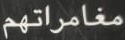
مغامراتهم